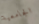
الجامعية